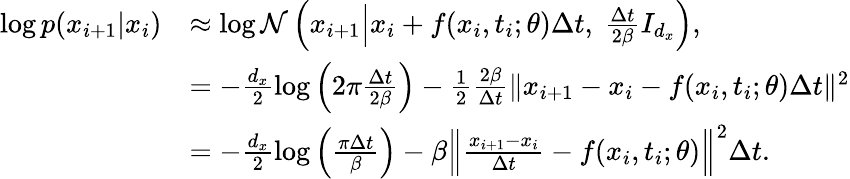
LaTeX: \begin{array}{rl}{\log p(x_{i+1}|x_{i})}&{\approx\log\mathcal{N}\left(x_{i+1}\middle|x_{i}+f(x_{i},t_{i};\theta)\Delta t,\ \frac{\Delta t}{2\beta}I_{d_{x}}\right),}\\ &{=-\frac{d_{x}}{2}\log\left(2\pi\frac{\Delta t}{2\beta}\right)-\frac{1}{2}\frac{2\beta}{\Delta t}\Vert x_{i+1}-x_{i}-f(x_{i},t_{i};\theta)\Delta t\Vert^{2}}\\ &{=-\frac{d_{x}}{2}\log\left(\frac{\pi\Delta t}{\beta}\right)-\beta\Big\Vert\frac{x_{i+1}-x_{i}}{\Delta t}-f(x_{i},t_{i};\theta)\Big\Vert^{2}\Delta t.}\end{array}